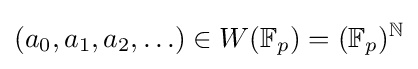
(a_{0},a_{1},a_{2},\ldots )\in W(\mathbb {F} _{p})=(\mathbb {F} _{p})^{\mathbb {N} }